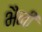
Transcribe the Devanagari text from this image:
भैनी